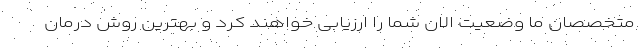
متخصصان ما وضعیت الان شما را ارزیابی خواهند کرد و بهترین روش درمان